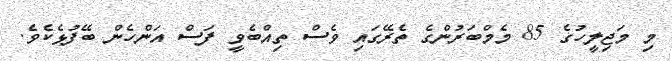
މި މަޖިލީހުގެ 85 މެމްބަރުންގެ ތެރޭގައި ވެސް ތިއްބެވީ ފަސް އަންހެން ބޭފުޅެކެވެ.